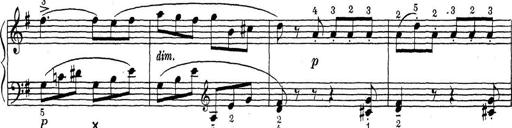
Title: ÄŒeskÃ© Sonatiny
Composer: Various